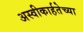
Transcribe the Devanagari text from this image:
अस्वीकार्हतेच्या